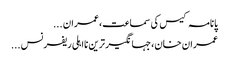
پانامہ کیس کی سماعت،عمران ...
عمران خان،جہانگیر ترین نااہلی ریفرنس ...